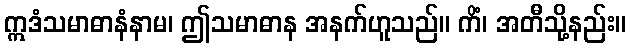
ဣဒံသမာဓာနံနာမ၊ ဤသမာဓာန အနက်ဟူသည်။ ကိံ၊ အတီသို့နည်း။